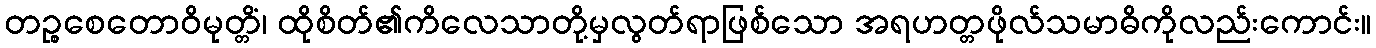
တဉ္စစေတောဝိမုတ္တိံ၊ ထိုစိတ်၏ကိလေသာတို့မှလွတ်ရာဖြစ်သော အရဟတ္တဖိုလ်သမာဓိကိုလည်းကောင်း။